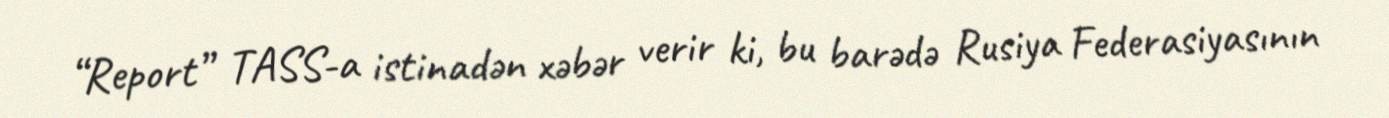
“Report” TASS-a istinadən xəbər verir ki, bu barədə Rusiya Federasiyasının